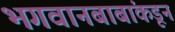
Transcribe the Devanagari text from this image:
भगवानबाबांकडून